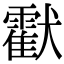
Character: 𤣅